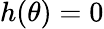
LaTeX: h(\theta)=0